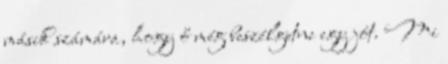
másik számára, hogy ő még beszélgetne egy jót. Mi